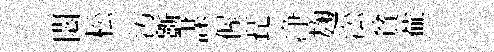
閟松污斵謀偓琵净麹㳂貧蕪